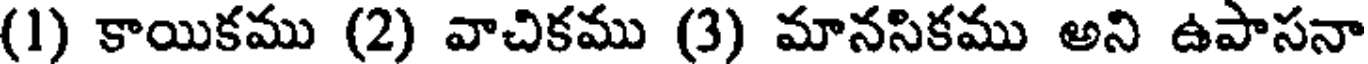
(1) కాయికము (2) వాచికము (3) మానసికము అని ఉపాసనా